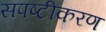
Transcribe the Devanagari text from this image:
सपष्टीकरण